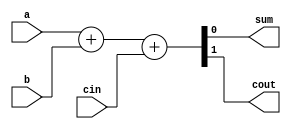
module full_adder_1bit(
    input a,
    input b,
    input cin,
    output sum,
    output cout
);
    assign {cout, sum} = a + b + cin;
endmodule

module adder_8bit(
    input [7:0] a,
    input [7:0] b,
    input cin,
    output [7:0] sum,
    output cout
);
    wire[6:0] carry;

    genvar i;
    generate
        for(i = 0; i < 7; i = i + 1) begin : gen_full_adder
            if (i == 0) begin
                full_adder_1bit fa(a[i], b[i], cin, sum[i], carry[i]);
            end else begin
                full_adder_1bit fa(a[i], b[i], carry[i-1], sum[i], carry[i]);
            end
        end
    endgenerate

    full_adder_1bit fa_last(a[7], b[7], carry[6], sum[7], cout);
endmodule

module adder_16bit(
    input [15:0] a,
    input [15:0] b,
    input Cin,
    output [15:0] y,
    output Co
);
    wire cout_first; // Carry out from the first 8-bit adder

    // First 8-bit adder
    adder_8bit adder_lower(
        .a(a[7:0]),
        .b(b[7:0]),
        .cin(Cin),
        .sum(y[7:0]),
        .cout(cout_first)
    );

    // Second 8-bit adder
    adder_8bit adder_upper(
        .a(a[15:8]),
        .b(b[15:8]),
        .cin(cout_first),
        .sum(y[15:8]),
        .cout(Co)
    );

endmodule